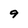
Character: 9